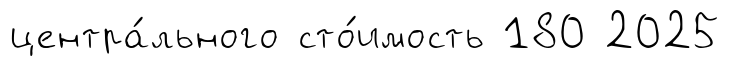
центра́льного сто́имость 180 2025